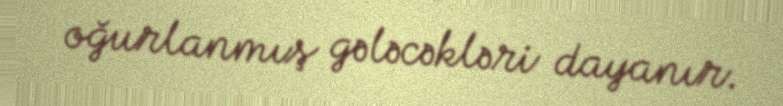
oğurlanmış gələcəkləri dayanır.